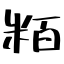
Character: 粨